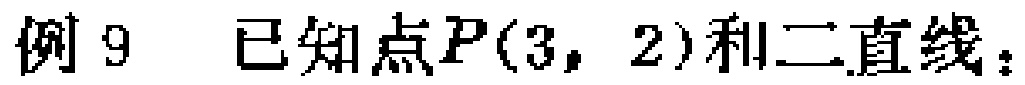
例 9 已知点\(P(3,2)\)和二直线：